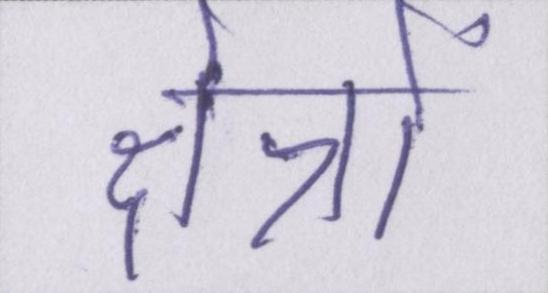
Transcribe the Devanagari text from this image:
क्षेत्रों